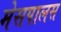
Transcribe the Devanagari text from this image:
मेसपालस